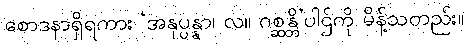
စောဒနာရှိရကား ‘အနုပ္ပန္နာ၊ လ။ ဂစ္ဆန္တိ’ပါဌ်ကို မိန့်သတည်း။